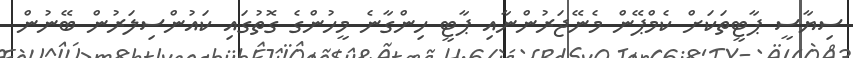
ސިޔާސީ ޕާޓީތަކަށް ކެމްޕޭން މެނޭޖަރުންނާއި ޕާޓީ ހިންގާނެ މީހުންގެ ގޮތުގައި ކައުންސިލަރުން ބޭނުން